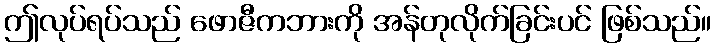
ဤလုပ်ရပ်သည် ဖောဇီကဘားကို အန်တုလိုက်ခြင်းပင် ဖြစ်သည်။